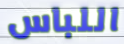
اللباس